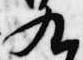
九